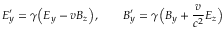
E _ { y } ^ { \prime } = \gamma \Big ( E _ { y } - v B _ { z } \Big ) , \qquad B _ { y } ^ { \prime } = \gamma \Big ( B _ { y } + \frac { v } { c ^ { 2 } } E _ { z } \Big )